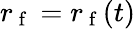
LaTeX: r_{\mathrm{~f~}}=r_{\mathrm{~f~}}(t)